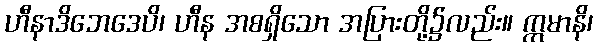
ဟီနာဒိဘေဒေပိ၊ ဟီန အစရှိသော အပြားတို့၌လည်း။ ဣမာနိ၊